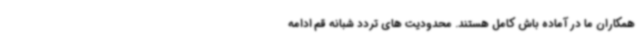
همکاران ما در آماده باش کامل هستند. محدودیت های تردد شبانه قم ادامه